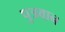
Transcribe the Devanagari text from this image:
पुत्रवान